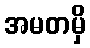
အမတမှိ